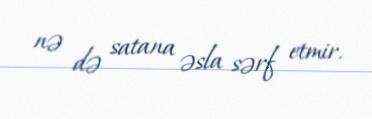
nə də satana əsla sərf etmir.